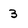
Character: 3